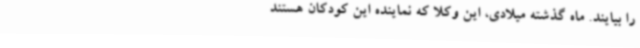
را بیایند. ماه گذشته میلادی، این وکلا که نماینده این کودکان هستند